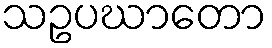
သဥပဃာတော